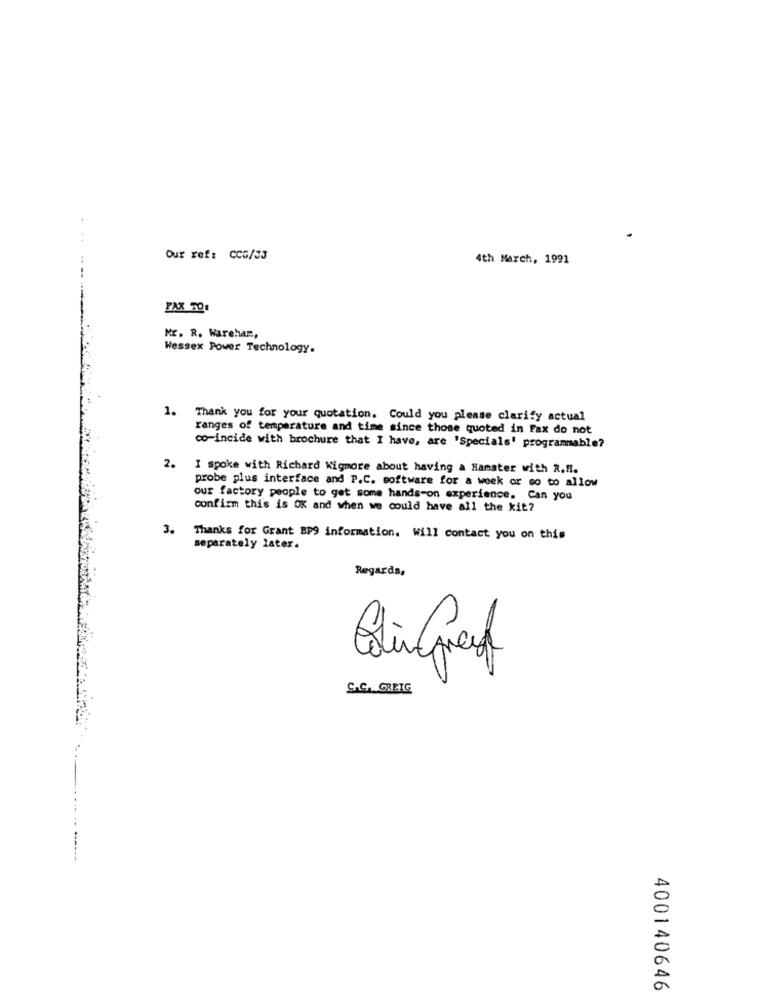
Our ref: CCG/33
4th March, 1991
FAX TO1
Mr. R. Warehar .,
Wessex Power Technology.
1. Thank you for your quotation. Could you please clarify actual
ranges of temperature and time since those quoted in Fax do not
co-incide with brochure that I have, are 'Specials' programable?
2. I spoke with Richard Wigmore about having a Hamster with R.R.
probe plus interface and P.C. software for a week or so to allow
our factory people to get some hands-on experience. Can you
confirm this is OK and when we could have all the kit?
3.
Thanks for Grant BP9 information. Will contact you on this
separately later.
Regards,
X
S.C. GREIG
400140646